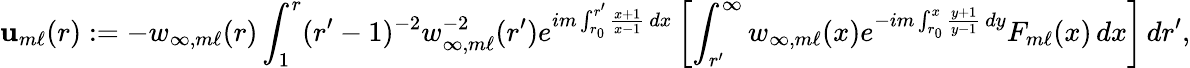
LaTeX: \mathbf{u}_{m\ell}(r):=-w_{\infty,m\ell}(r)\int_{1}^{r}(r^{\prime}-1)^{-2}w_{\infty,m\ell}^{-2}(r^{\prime})e^{im\int_{r_{0}}^{r^{\prime}}\frac{{x+1}}{{x-1}}\, dx}\left[\int_{r^{\prime}}^{\infty}w_{\infty,m\ell}(x)e^{-im\int_{r_{0}}^{x}\frac{{y+1}}{{y-1}}\, dy}F_{m\ell}(x)\, dx\right]\, dr^{\prime},